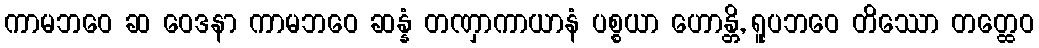
ကာမဘဝေ ဆ ဝေဒနာ ကာမဘဝေ ဆန္နံ တဏှာကာယာနံ ပစ္စယာ ဟောန္တိ, ရူပဘဝေ တိဿော တတ္ထေဝ